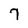
Character: 7